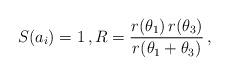
LaTeX: \begin{align*}S(a_i)=1\,,R=\frac{r(\theta_1)\,r(\theta_3)}{r(\theta_1+\theta_3)}\,,\end{align*}